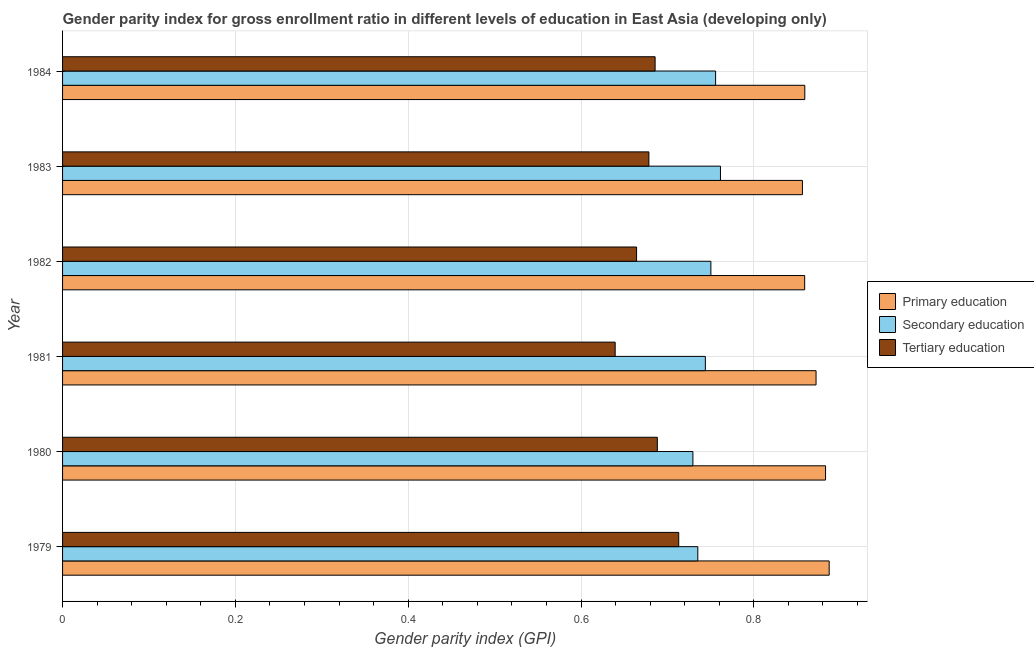
| Year | Primary education | Secondary education | Tertiary education |
 | --- | --- | --- | --- |
 | 1979 | 0.887 | 0.735 | 0.713 |
 | 1980 | 0.883 | 0.729 | 0.688 |
 | 1981 | 0.872 | 0.744 | 0.64 |
 | 1982 | 0.859 | 0.75 | 0.664 |
 | 1983 | 0.856 | 0.761 | 0.679 |
 | 1984 | 0.859 | 0.756 | 0.686 |